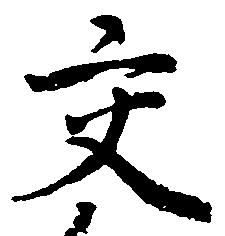
交